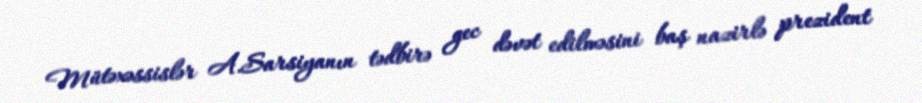
Mütəxəssislər A.Sarsiyanın tədbirə gec dəvət edilməsini baş nazirlə prezident